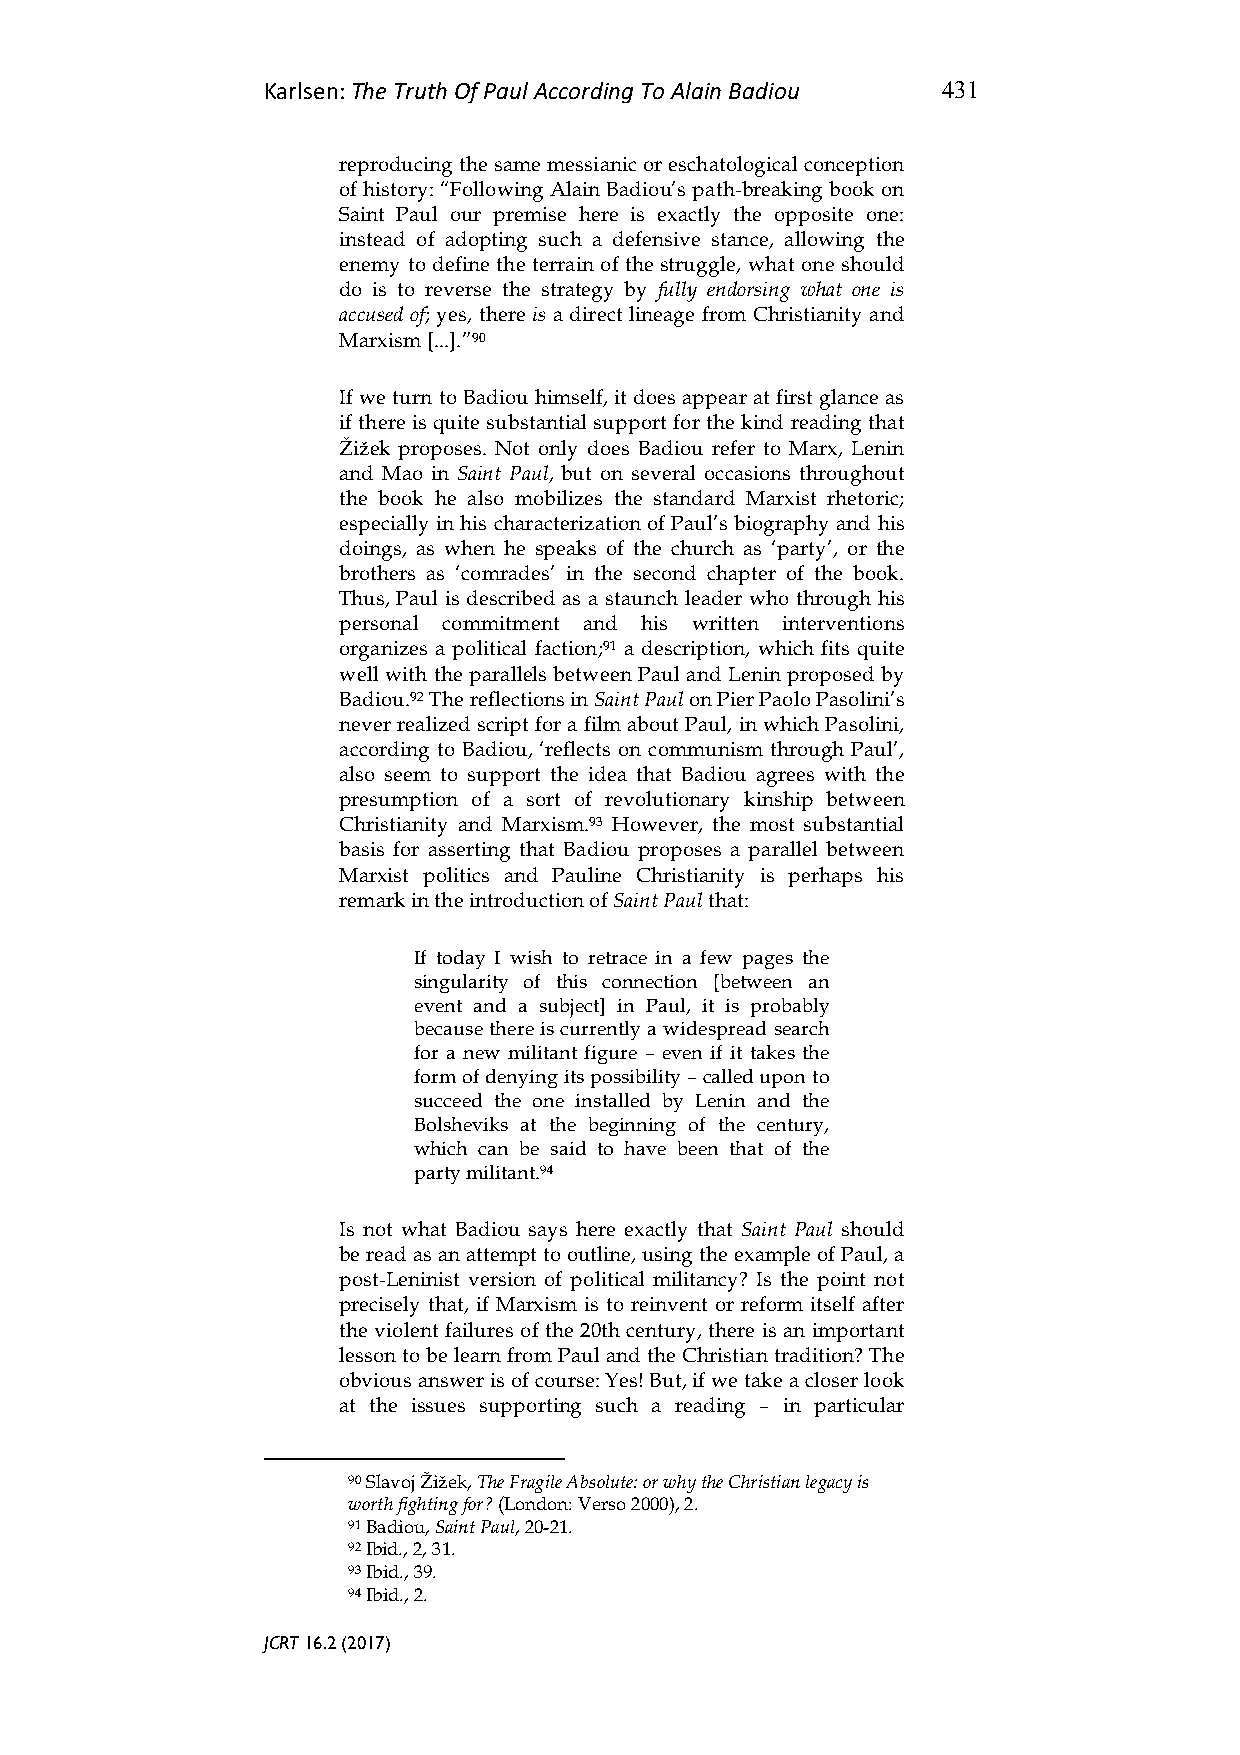
Karlsen: The Truth Of Paul According To Alain Badiou 431
 reproducing the same messianic or eschatological conception
 of history: “Following Alain Badiou’s path-breaking book on
 Saint Paul our premise here is exactly the opposite one:
 instead of adopting such a defensive stance, allowing the
 enemy to define the terrain of the struggle, what one should
 do is to reverse the strategy by fully endorsing what one is
 accused of; yes, there is a direct lineage from Christianity and
 Marxism [...].”90
 If we turn to Badiou himself, it does appear at first glance as
 if there is quite substantial support for the kind reading that
 Žižek proposes. Not only does Badiou refer to Marx, Lenin
 and Mao in Saint Paul, but on several occasions throughout
 the book he also mobilizes the standard Marxist rhetoric;
 especially in his characterization of Paul’s biography and his
 doings, as when he speaks of the church as ‘party’, or the
 brothers as ‘comrades’ in the second chapter of the book.
 Thus, Paul is described as a staunch leader who through his
 personal commitment and his written interventions
 organizes a political faction;91 a description, which fits quite
 well with the parallels between Paul and Lenin proposed by
 Badiou.92 The reflections in Saint Paul on Pier Paolo Pasolini’s
 never realized script for a film about Paul, in which Pasolini,
 according to Badiou, ‘reflects on communism through Paul’,
 also seem to support the idea that Badiou agrees with the
 presumption of a sort of revolutionary kinship between
 Christianity and Marxism.93 However, the most substantial
 basis for asserting that Badiou proposes a parallel between
 Marxist politics and Pauline Christianity is perhaps his
 remark in the introduction of Saint Paul that:
 If today I wish to retrace in a few pages the
 singularity of this connection [between an
 event and a subject] in Paul, it is probably
 because there is currently a widespread search
 for a new militant figure – even if it takes the
 form of denying its possibility – called upon to
 succeed the one installed by Lenin and the
 Bolsheviks at the beginning of the century,
 which can be said to have been that of the
 party militant.94
 Is not what Badiou says here exactly that Saint Paul should
 be read as an attempt to outline, using the example of Paul, a
 post-Leninist version of political militancy? Is the point not
 precisely that, if Marxism is to reinvent or reform itself after
 the violent failures of the 20th century, there is an important
 lesson to be learn from Paul and the Christian tradition? The
 obvious answer is of course: Yes! But, if we take a closer look
 at the issues supporting such a reading – in particular
 90 Slavoj Žižek, The Fragile Absolute: or why the Christian legacy is
 worth fighting for? (London: Verso 2000), 2.
 91 Badiou, Saint Paul, 20-21.
 92 Ibid., 2, 31.
 93 Ibid., 39.
 94 Ibid., 2.
 JCRT 16.2 (2017)